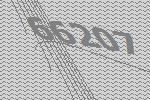
66207